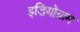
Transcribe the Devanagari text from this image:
इडियोग्राम